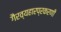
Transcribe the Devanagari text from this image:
गैरव्यहारप्रकरणी